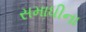
સમાધીના